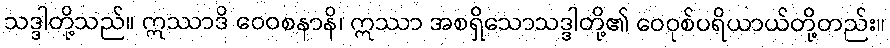
သဒ္ဒါတို့သည်။ ဣဿာဒိ ဝေဝစနာနိ၊ ဣဿာ အစရှိသောသဒ္ဒါတို့၏ ဝေဝုစ်ပရိယာယ်တို့တည်း။